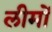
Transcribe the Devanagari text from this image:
लीमों